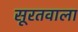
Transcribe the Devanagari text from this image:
सूरतवाला